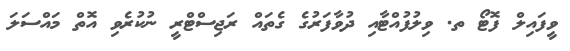
ވީފައިލް ފޮޓޯ ތ. ވިލުފުއްޓާއި ދުވާފަރުގެ ގެތައް ރަޖިސްޓްރީ ނުކުރެވި އޮތް މައްސަލަ